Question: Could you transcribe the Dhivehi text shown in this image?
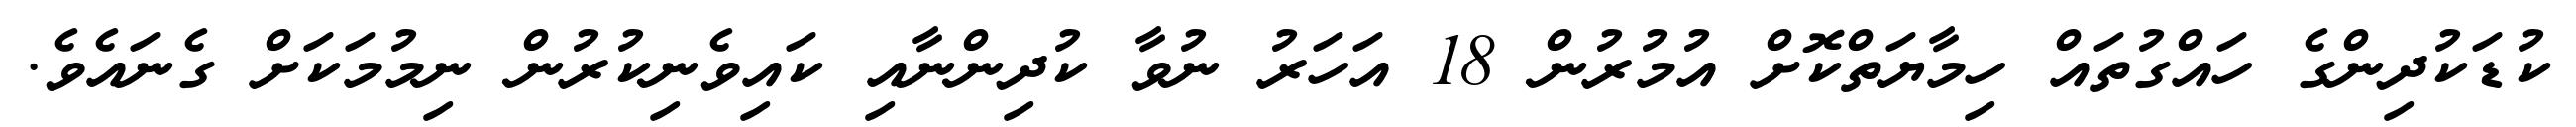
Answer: ކުޑަކުދިންގެ ހައްގުތައް ހިމާޔަތްކޮށް އުމުރުން 18 އަހަރު ނުވާ ކުދިންނާއި ކައިވެނިކުރުން ނިމުމަކަށް ގެނައެވެ.